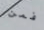
فمن